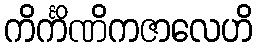
ကိင်္ကိဏိကဇာလေဟိ